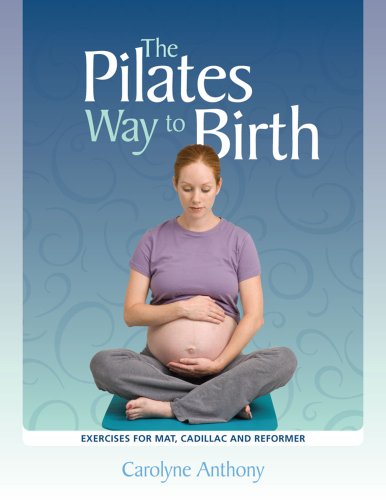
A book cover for The Pilates Way to Birth; Carolyne Anthony; Health, Fitness & Dieting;